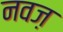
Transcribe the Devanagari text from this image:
नवज़